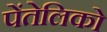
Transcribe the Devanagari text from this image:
पेंतेलिको